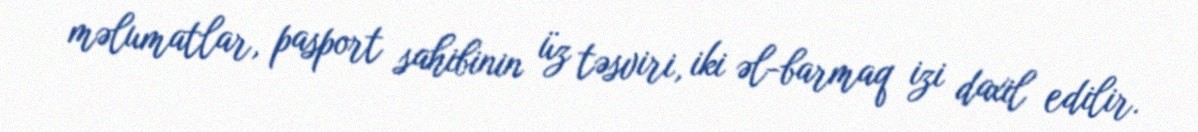
məlumatlar, pasport sahibinin üz təsviri, iki əl-barmaq izi daxil edilir.